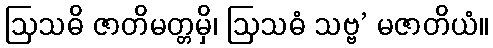
ဩသဓိ ဇာတိမတ္တမှိ၊ ဩသဓံ သဗ္ဗ’ မဇာတိယံ။